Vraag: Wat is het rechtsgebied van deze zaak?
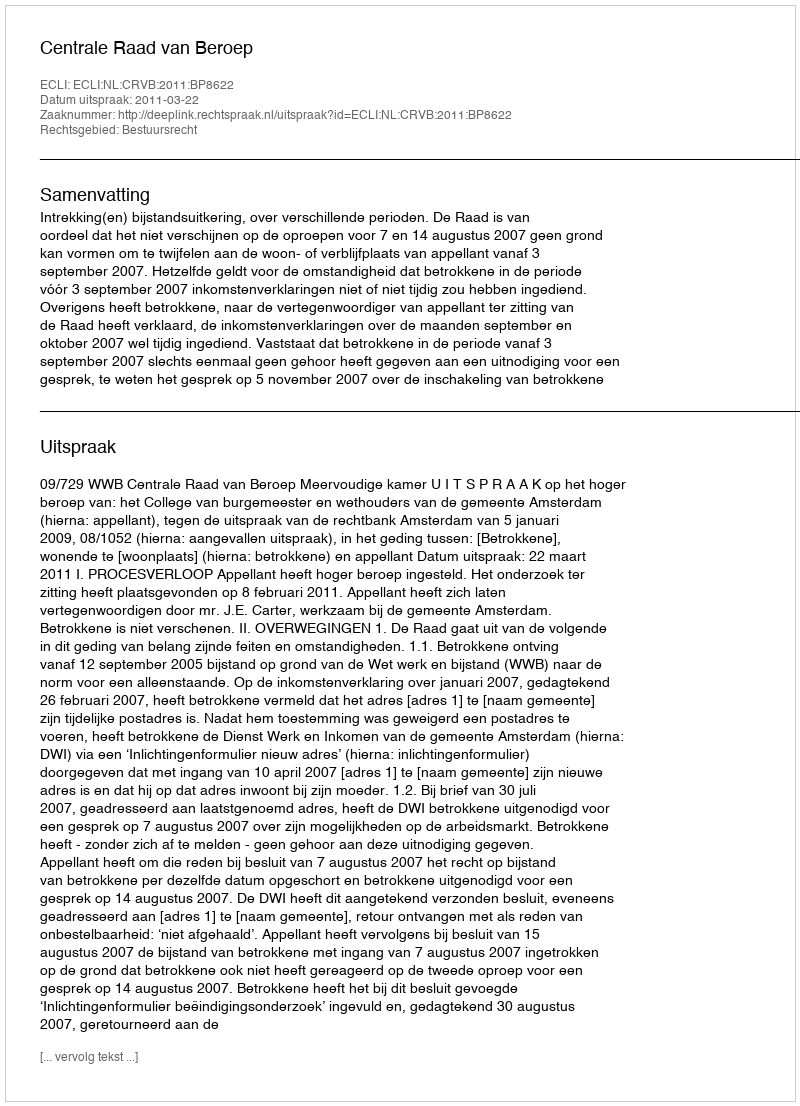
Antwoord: Bestuursrecht